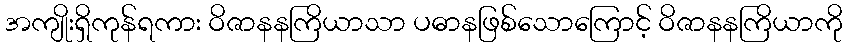
အကျိုးရှိကုန်ရကား ဝိဇာနနကြိယာသာ ပဓာနဖြစ်သောကြောင့် ဝိဇာနနကြိယာကို